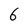
Character: 6